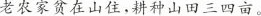
老农家贫在山住，耕种山田三四亩。